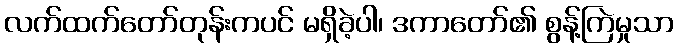
လက်ထက်တော်တုန်းကပင် မရှိခဲ့ပါ၊ ဒကာတော်၏ စွန့်ကြဲမှုသာ